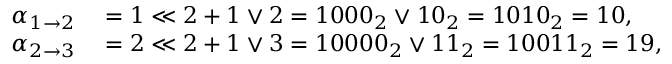
\begin{array} { r l } { \alpha _ { 1 \to 2 } } & { { } = 1 \ll 2 + 1 \lor 2 = 1 0 0 0 _ { 2 } \lor 1 0 _ { 2 } = 1 0 1 0 _ { 2 } = 1 0 , } \\ { \alpha _ { 2 \to 3 } } & { { } = 2 \ll 2 + 1 \lor 3 = 1 0 0 0 0 _ { 2 } \lor 1 1 _ { 2 } = 1 0 0 1 1 _ { 2 } = 1 9 , } \end{array}